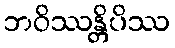
ဘဝိဿန္တိပိဿ